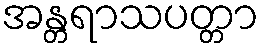
အန္တရာသပတ္တာ